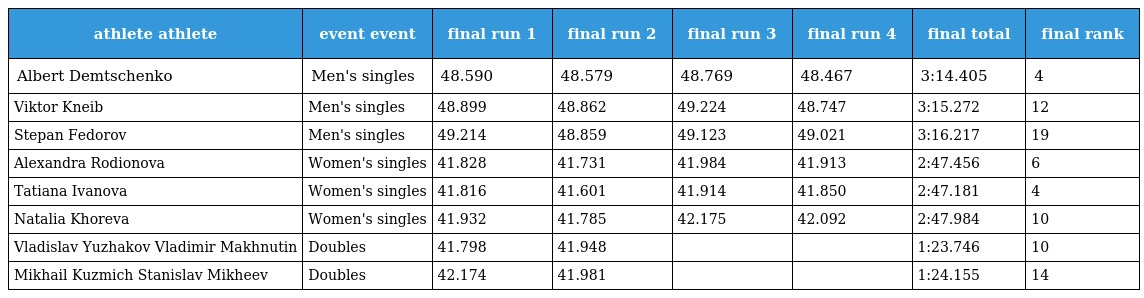
| athlete athlete | event event | final run 1 | final run 2 | final run 3 | final run 4 | final total | final rank |
 | --- | --- | --- | --- | --- | --- | --- | --- |
 | Albert Demtschenko | Men's singles | 48.590 | 48.579 | 48.769 | 48.467 | 3:14.405 | 4 |
 | Viktor Kneib | Men's singles | 48.899 | 48.862 | 49.224 | 48.747 | 3:15.272 | 12 |
 | Stepan Fedorov | Men's singles | 49.214 | 48.859 | 49.123 | 49.021 | 3:16.217 | 19 |
 | Alexandra Rodionova | Women's singles | 41.828 | 41.731 | 41.984 | 41.913 | 2:47.456 | 6 |
 | Tatiana Ivanova | Women's singles | 41.816 | 41.601 | 41.914 | 41.850 | 2:47.181 | 4 |
 | Natalia Khoreva | Women's singles | 41.932 | 41.785 | 42.175 | 42.092 | 2:47.984 | 10 |
 | Vladislav Yuzhakov Vladimir Makhnutin | Doubles | 41.798 | 41.948 |  |  | 1:23.746 | 10 |
 | Mikhail Kuzmich Stanislav Mikheev | Doubles | 42.174 | 41.981 |  |  | 1:24.155 | 14 |